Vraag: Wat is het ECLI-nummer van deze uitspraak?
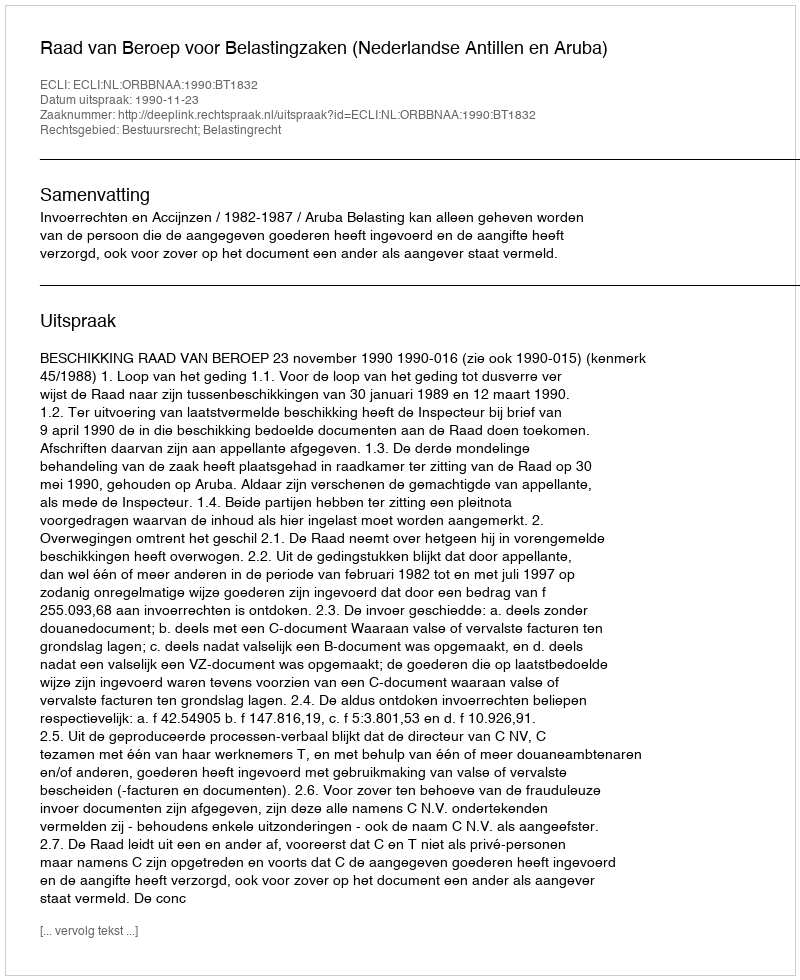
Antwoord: ECLI:NL:ORBBNAA:1990:BT1832